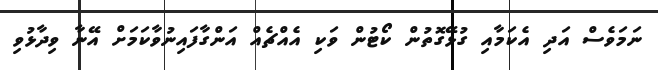
ނަމަވެސް އަދި އެކަމާއި ގުޅޭގޮތުން ކޯޓުން ވަކި އެއްޗެއް އަންގާފައިނުވާކަމަށް އޭނާ ވިދާޅުވި